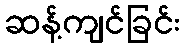
ဆန့်ကျင်ခြင်း